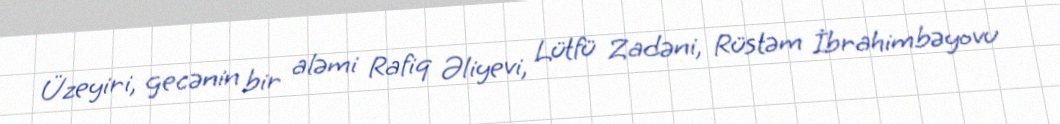
Üzeyiri, gecənin bir aləmi Rafiq Əliyevi, Lütfü Zadəni, Rüstəm İbrahimbəyovu